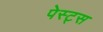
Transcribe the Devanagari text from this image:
पेस्ट्स